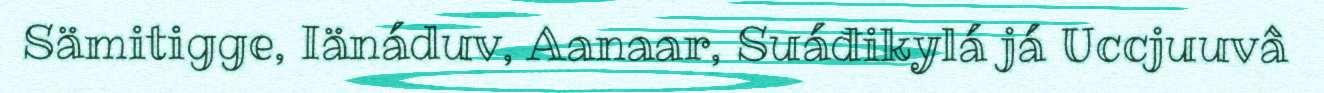
Sämitigge, Iänáduv, Aanaar, Suáđikylá já Uccjuuvâ